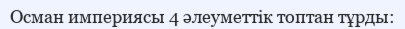
Осман империясы 4 әлеуметтік топтан тұрды: